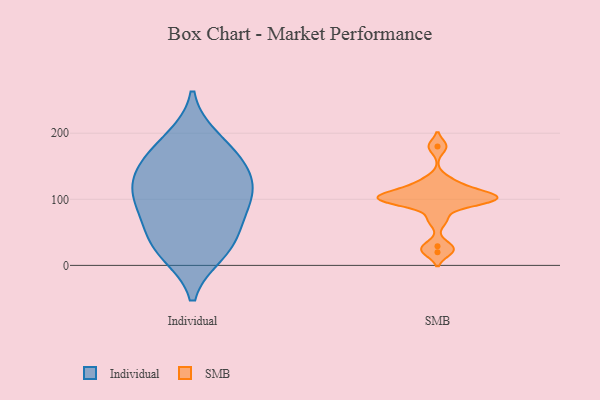
{"axis": {"x": "Temperature (°C)", "y": "Value"}, "legend": ["Individual", "SMB"], "data": [{"x": "", "y": 178, "type": "Individual"}, {"x": "", "y": 152, "type": "Individual"}, {"x": "", "y": 24, "type": "Individual"}, {"x": "", "y": 116, "type": "Individual"}, {"x": "", "y": 191, "type": "Individual"}, {"x": "", "y": 137, "type": "Individual"}, {"x": "", "y": 88, "type": "Individual"}, {"x": "", "y": 100, "type": "Individual"}, {"x": "", "y": 142, "type": "Individual"}, {"x": "", "y": 57, "type": "Individual"}, {"x": "", "y": 37, "type": "Individual"}, {"x": "", "y": 19, "type": "Individual"}, {"x": "", "y": 97, "type": "Individual"}, {"x": "", "y": 29, "type": "SMB"}, {"x": "", "y": 102, "type": "SMB"}, {"x": "", "y": 20, "type": "SMB"}, {"x": "", "y": 102, "type": "SMB"}, {"x": "", "y": 129, "type": "SMB"}, {"x": "", "y": 180, "type": "SMB"}, {"x": "", "y": 118, "type": "SMB"}, {"x": "", "y": 97, "type": "SMB"}, {"x": "", "y": 107, "type": "SMB"}, {"x": "", "y": 109, "type": "SMB"}, {"x": "", "y": 95, "type": "SMB"}, {"x": "", "y": 69, "type": "SMB"}, {"x": "", "y": 98, "type": "SMB"}]}